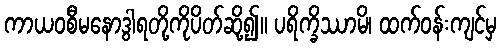
ကာယဝစီမနောဒွါရတို့ကိုပိတ်ဆို့၍။ ပရိက္ခိဿာမိ၊ ထက်ဝန်းကျင်မှ